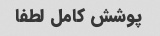
پوشش کامل لطفا